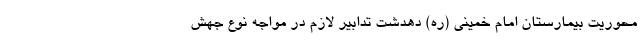
محوریت بیمارستان امام خمینی (ره) دهدشت تدابیر لازم در مواجه نوع جهش